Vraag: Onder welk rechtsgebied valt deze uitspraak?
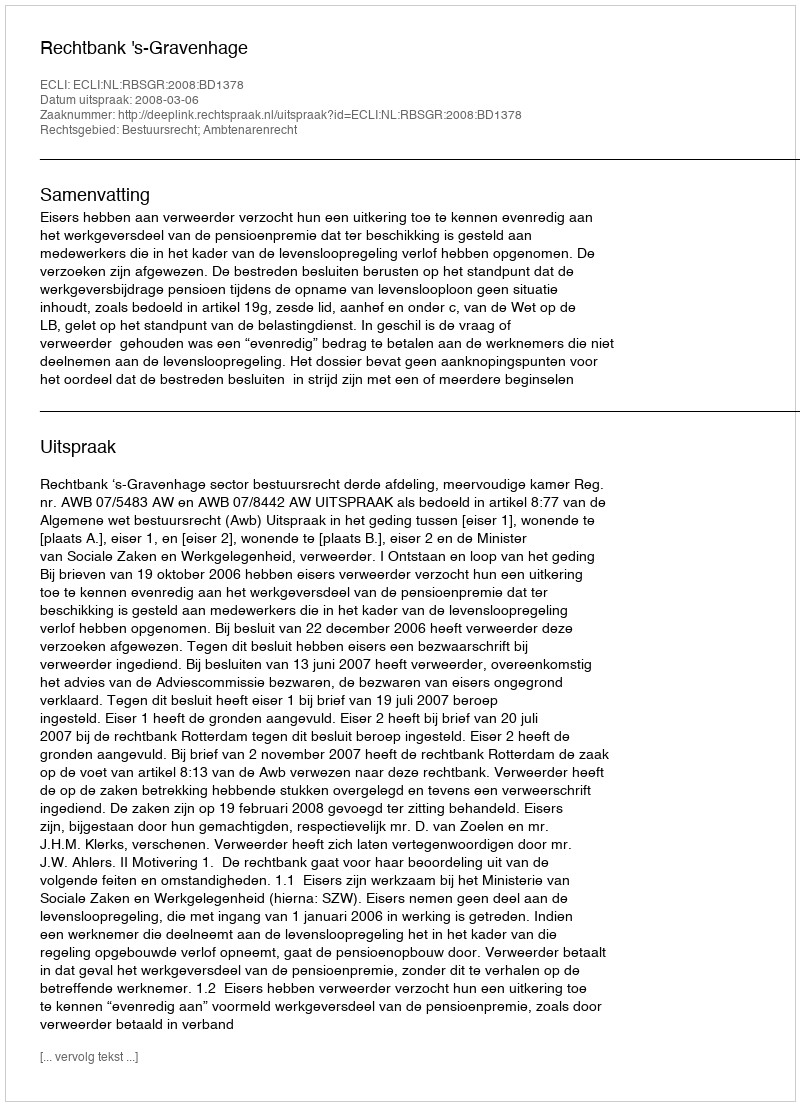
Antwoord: Bestuursrecht; Ambtenarenrecht